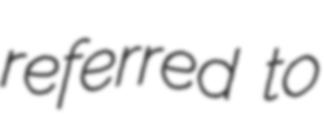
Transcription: referred to